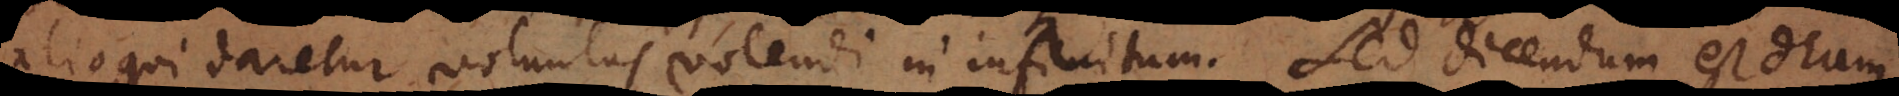
alioqui daretur voluntas volendi in infinitum. Sed dicendum est Deum